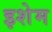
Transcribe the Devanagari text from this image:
इशेम